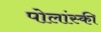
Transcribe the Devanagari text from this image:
पोलांस्की